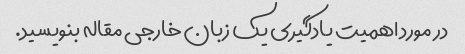
در مورد اهمیت یادگیری یک زبان خارجی مقاله بنویسید.